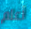
أعلم